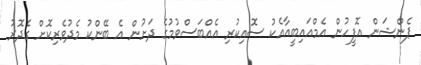
ޕެންޝަން އޮފީހުން އެމްއައިބީއާއެކު ސޮއިކުރި އެއްބަސްވުމުގެ ދަށުން އެ ބޭންކު މެދުވެރިކޮށް ގެދޮރު